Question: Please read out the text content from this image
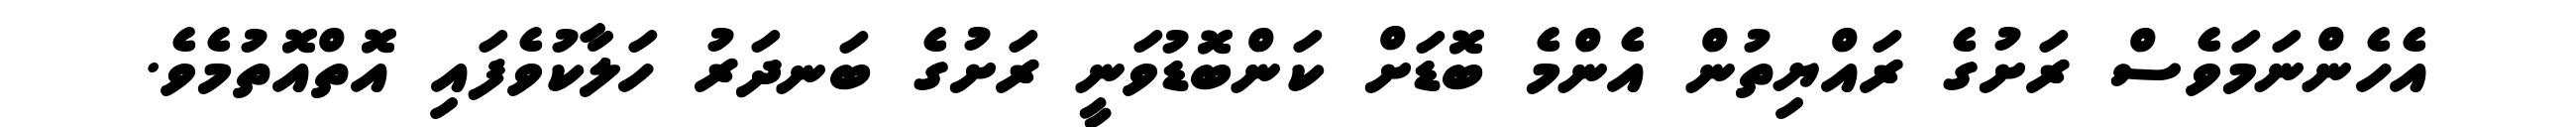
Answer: އެހެންނަމަވެސް ރަށުގެ ރައްޔިތުން އެންމެ ބޮޑަށް ކަންބޮޑުވަނީ ރަށުގެ ބަނދަރު ހަލާކުވެފައި އޮތްއޮތުމެވެ.